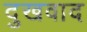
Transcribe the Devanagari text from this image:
दुखवाद